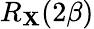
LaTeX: R_{\mathbf{X}}(2\beta)